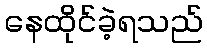
နေထိုင်ခဲ့ရသည်